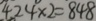
4 2 4 \times 2 = 8 4 8